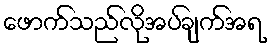
ဖောက်သည်လိုအပ်ချက်အရ